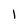
Character: 1